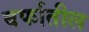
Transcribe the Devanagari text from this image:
बर्फातील